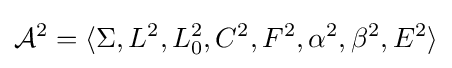
{\mathcal {A}}^{2}=\langle \Sigma ,L^{2},L_{0}^{2},C^{2},F^{2},\alpha ^{2},\beta ^{2},E^{2}\rangle